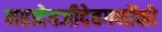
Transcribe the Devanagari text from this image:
महादेवजीदेवगणोंको